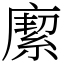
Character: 緳